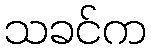
သခင်က